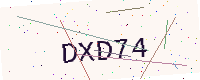
Text: DXD74